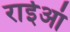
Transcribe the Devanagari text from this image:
राईआं